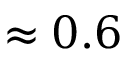
\approx 0 . 6